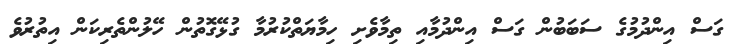
ގަސް އިންދުމުގެ ސަބަބުން ގަސް އިންދުމާއި ތިމާވެށި ހިމާޔަތްކުރުމާ ގުޅޭގޮތުން ހޭލުންތެރިކަން އިތުރުވެ